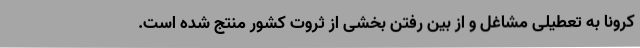
کرونا به تعطیلی مشاغل و از بین رفتن بخشی از ثروت کشور منتج شده است.